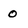
Character: O